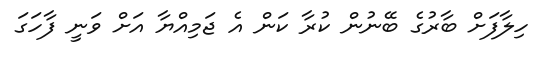
ހިލާފަށް ބާރުގެ ބޭނުން ކުރާ ކަން އެ ޖަމިއްޔާ އަށް ވަނީ ފާހަގަ